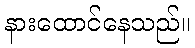
နားထောင်နေသည်။